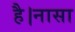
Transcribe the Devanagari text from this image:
है।नासा